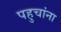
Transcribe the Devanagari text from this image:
पहुचांना